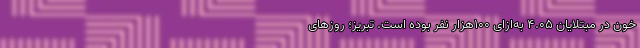
خون در مبتلایان ۴.۰۵ به‌ازای ۱۰۰هزار نفر بوده است. تبریز؛ روز‌های